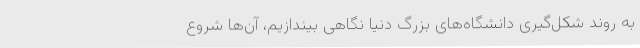
به روند شکل‌گیری دانشگاه‌های بزرگ دنیا نگاهی بیندازیم، آن‌ها شروع